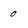
Character: 0